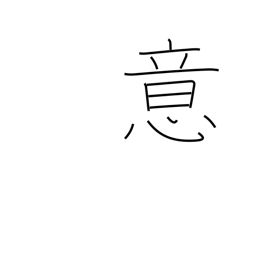
Meaning: idea